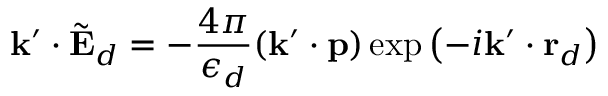
\mathbf { k } ^ { \prime } \cdot \tilde { \mathbf { E } } _ { d } = - \frac { 4 \pi } { \epsilon _ { d } } ( \mathbf { k } ^ { \prime } \cdot \mathbf { p } ) \exp \left( - i \mathbf { k } ^ { \prime } \cdot \mathbf { r } _ { d } \right)